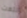
انتهت